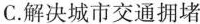
C.解决城市交通拥堵